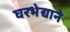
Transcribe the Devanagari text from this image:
घरभेद्याने